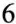
6